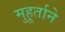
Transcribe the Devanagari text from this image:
मुहूर्ताने